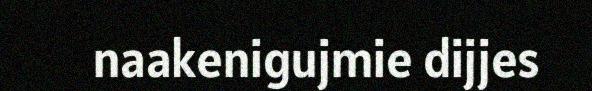
naakenigujmie dijjes